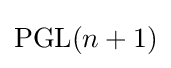
\mathrm {PGL} (n+1)